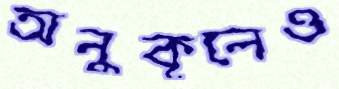
অনুকূলেও